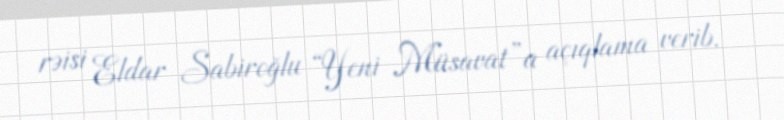
rəisi Eldar Sabiroğlu “Yeni Müsavat”a açıqlama verib.